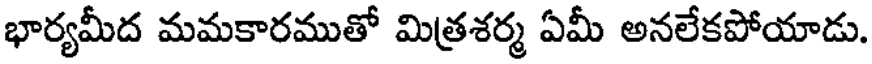
భార్యమీద మమకారముతో మిత్రశర్మ ఏమీ అనలేకపోయాడు.